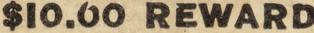
$10.00 REWARD